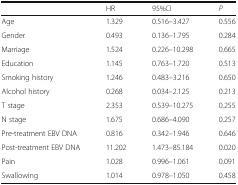
|  | HR | 95%CI | P |
 | --- | --- | --- | --- |
 | Age | 1.329 | 0.516–3.427 | 0.556 |
 | Gender | 0.493 | 0.136–1.795 | 0.284 |
 | Marriage | 1.524 | 0.226–10.298 | 0.665 |
 | Education | 1.145 | 0.763–1.720 | 0.513 |
 | Smoking history | 1.246 | 0.483–3.216 | 0.650 |
 | Alcohol history | 0.268 | 0.034–2.125 | 0.213 |
 | T stage | 2.353 | 0.539–10.275 | 0.255 |
 | N stage | 1.675 | 0.686–4.090 | 0.257 |
 | Pre-treatment EBV DNA | 0.816 | 0.342–1.946 | 0.646 |
 | Post-treatment EBV DNA | 11.202 | 1.473–85.184 | 0.020 |
 | Pain | 1.028 | 0.996–1.061 | 0.091 |
 | Swallowing | 1.014 | 0.978–1.050 | 0.458 |